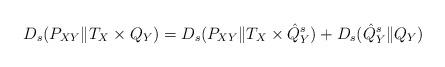
LaTeX: \begin{align*} D_{s}(P_{XY} \| T_X \times Q_Y) = D_{s}(P_{XY} \| T_X \times \hat{Q}_Y^s) + D_{s}(\hat{Q}_Y^s \| Q_Y) \, \end{align*}